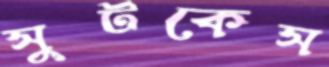
সুটকেস